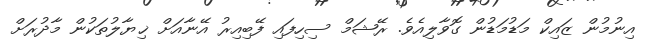
އިނުމުން ޒައިކް މަޑުމަޑުން ގޮވާލިއެވެ. ރޭޝަމް ސިހިފައި ފޭބިއިރު އޭނާއަށް ޚިޔާލުތަކުން މާދުރަށް